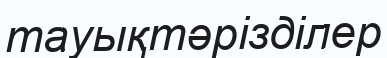
тауықтәрізділер